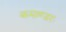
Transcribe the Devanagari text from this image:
कमाण्डरः